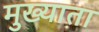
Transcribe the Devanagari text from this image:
मुख्याता